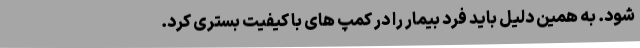
شود. به همین دلیل باید فرد بیمار را در کمپ های با کیفیت بستری کرد.